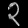
Digit: ၃